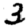
Digit: 3